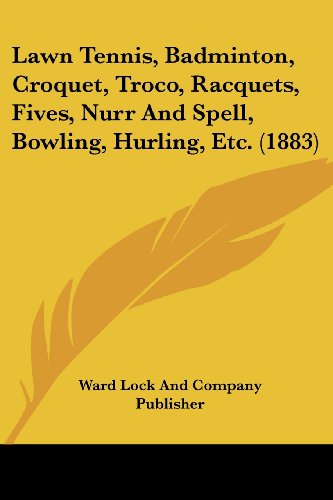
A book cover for Lawn Tennis, Badminton, Croquet, Troco, Racquets, Fives, Nurr And Spell, Bowling, Hurling, Etc. (1883); Ward Lock And Company Publisher; Sports & Outdoors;